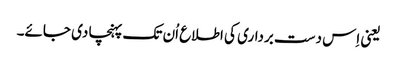
یعنی اِس دست برداری کی اطلاع اُن تک پہنچا دی جائے۔